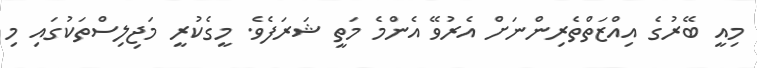
މިއީ ބޭރުގެ އިއްޒަތްތެރިންނަށް އެރުވޭ އެންމެ މަތީ ޝަރަފެވެ. މީގެކުރީ މަޖިލިސްތަކުގައި މި